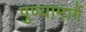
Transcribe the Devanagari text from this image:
पुण्यामार्गे